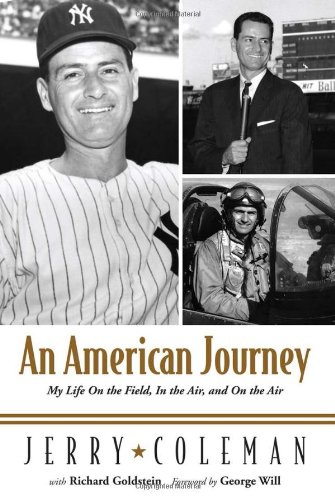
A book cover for An American Journey: My Life on the Field, in the Air, and on the Air; Jerry Coleman; Sports & Outdoors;